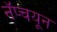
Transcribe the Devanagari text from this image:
नॅप्चयून